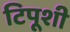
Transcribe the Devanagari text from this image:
टिपूशी